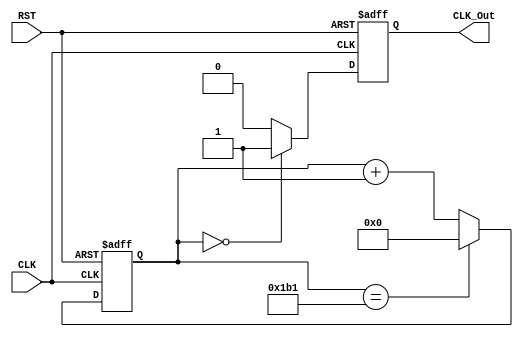
module F_Div( CLK, RST, CLK_Out ); //50MHz => 1KHz

    parameter    Div  = 9'd434;
    parameter    DivW = 9;

    input   CLK, RST;
    output  CLK_Out;
    reg     CLK_Out;
    reg     [DivW-1:0] CLK_Cnt = 0;

    always @( posedge CLK, negedge RST ) begin
        if( !RST )
            CLK_Cnt <= 0;
        else if( CLK_Cnt == Div-1 )
            CLK_Cnt <= 0;
        else
            CLK_Cnt <= CLK_Cnt + 1'b1;
    end
    always @( posedge CLK or negedge RST ) begin
        if( !RST )
            CLK_Out <= 0;
        else if( CLK_Cnt == 0 )
            CLK_Out <= 1;
        else
            CLK_Out <= 0;
    end

endmodule